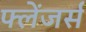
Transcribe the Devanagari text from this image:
फ्लेंजर्स